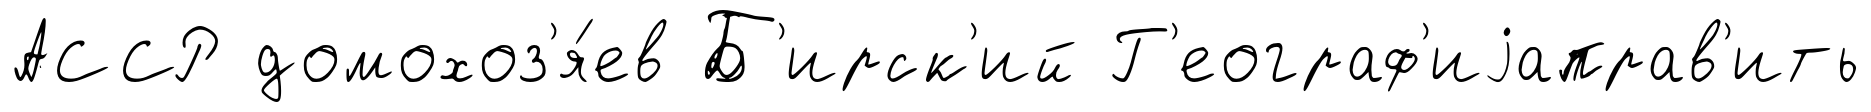
АССР домохоз'я́ев Б'ирск'ий Г'еограф'иjаправ'ить